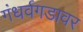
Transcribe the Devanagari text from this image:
गंधर्वगडावर